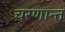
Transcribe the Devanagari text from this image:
चरणान्त